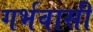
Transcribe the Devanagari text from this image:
गर्भवासी